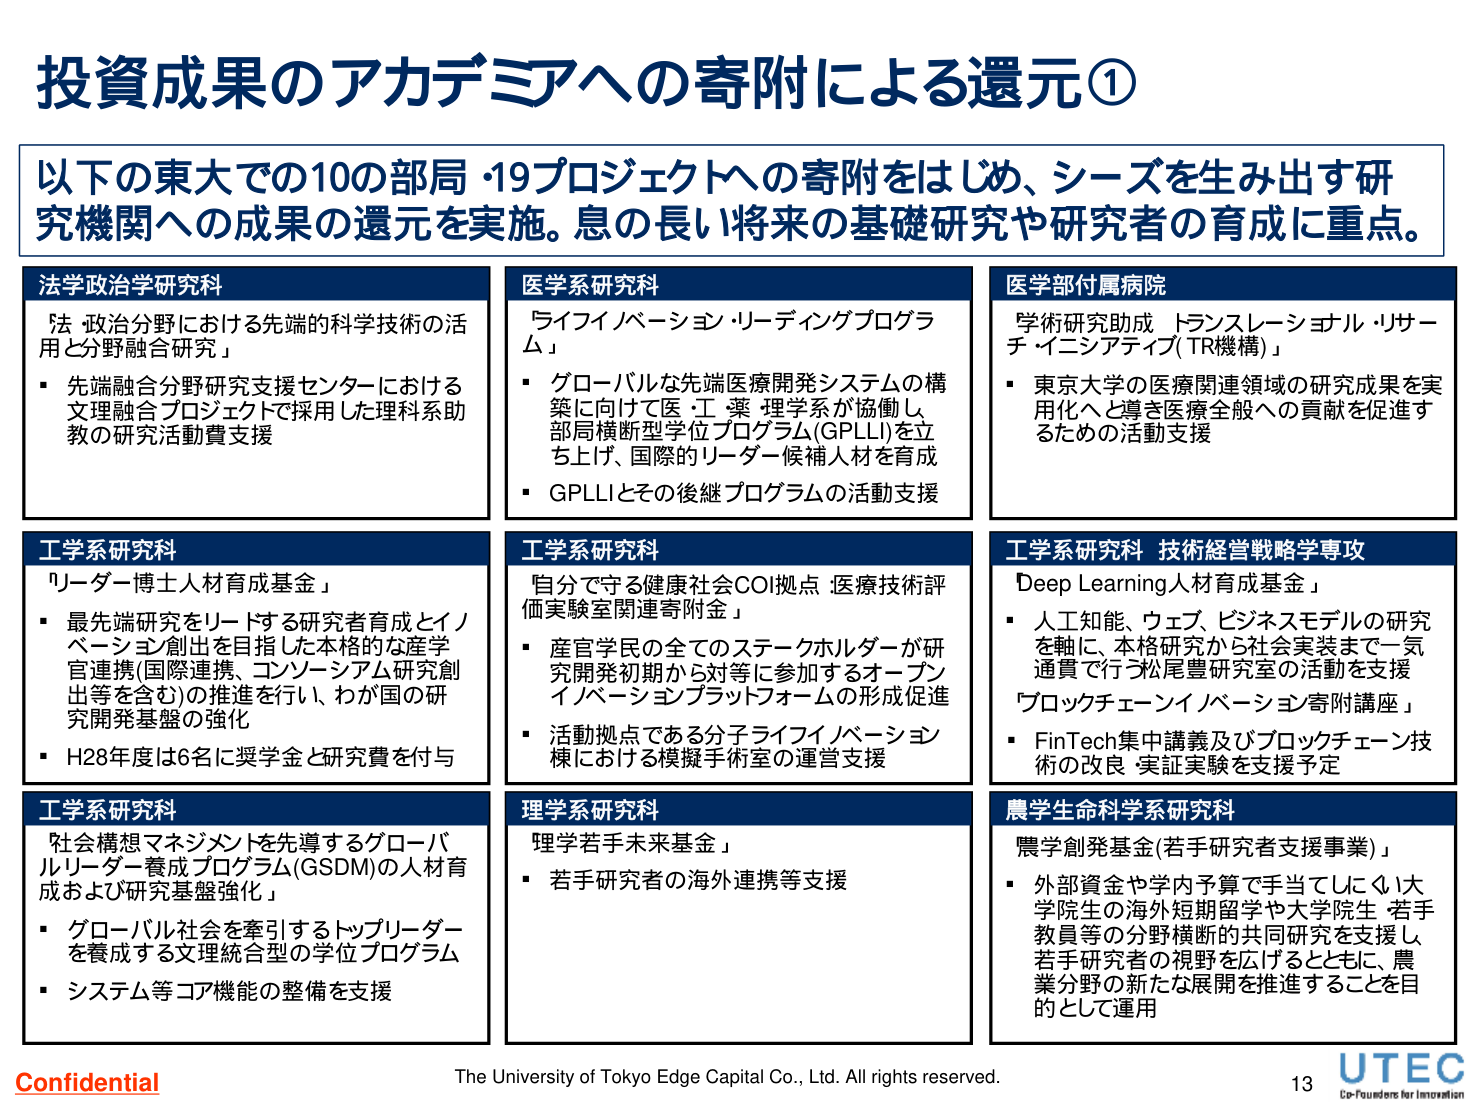
投資成果のアカデミアへの寄附による還元①

以下の東大での10の部局・19プロジェクトへの寄附をはじめ、シーズを生み出す研究機関への成果の還元を実施。息の長い将来の基礎研究や研究者の育成に重点。

法学政治学研究科
「法・政治分野における先端的科学技術の活用と分野融合研究」
・先端融合分野研究支援センターにおける文理融合プロジェクトで採用した理科系助教の研究活動費支援

医学系研究科
「ライフイノベーション・リーディングプログラム」
・グローバルな先端医療開発システムの構築に向けて医・工・薬・理学系が協働し、部局横断型学位プログラム(GPLLI)を立ち上げ、国際的リーダー候補人材を育成
・GPLLIとその後継プログラムの活動支援

医学部附属病院
「学術研究助成 トランスレーショナル・リサーチ・イニシアティブ(TR機構)」
・東京大学の医療関連領域の研究成果を実用化へと導き医療全般への貢献を促進するための活動支援

工学系研究科
「リーダー博士人材育成基金」
・最先端研究をリードする研究者育成とイノベーション創出を目指した本格的な産学官連携(国際連携、コンソーシアム研究創出等を含む)の推進を行い、わが国の研究開発基盤の強化
・H28年度は6名に奨学金と研究費を付与

工学系研究科
「自分で守る健康社会COI拠点 医療技術評価実験室関連寄附金」
・産官学民の全てのステークホルダーが研究開発初期から対等に参加するオープンイノベーションプラットフォームの形成促進
・活動拠点である分子ライフイノベーション棟における模擬手術室の運営支援

工学系研究科 技術経営戦略学専攻
「Deep Learning人材育成基金」
・人工知能、ウェブ、ビジネスモデルの研究を軸に、本格研究から社会実装まで一気通貫で行う松尾豊研究室の活動を支援
「ブロックチェーンイノベーション寄附講座」
・FinTech集中講義及びブロックチェーン技術の改良・実証実験を支援予定

工学系研究科
「社会構想マネジメントを先導するグローバルリーダー養成プログラム(GSDM)の人材育成および研究基盤強化」
・グローバル社会を牽引するトップリーダーを養成する文理統合型の学位プログラム
・システム等コア機能の整備を支援

理学系研究科
「理学若手未来基金」
・若手研究者の海外連携等支援

農学生命科学系研究科
「農学創発基金(若手研究者支援事業)」
・外部資金や学内予算で手当てしにくい大学院生の海外短期留学や大学院生・若手教員等の分野横断的共同研究を支援し、若手研究者の視野を広げるとともに、農業分野の新たな展開を推進することを目的として運用

Confidential
The University of Tokyo Edge Capital Co., Ltd. All rights reserved.
13
UTEC
Co-Founders for Innovation